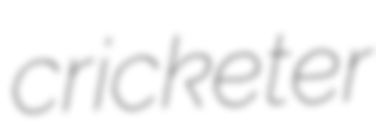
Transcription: cricketer